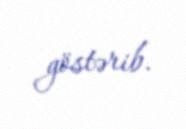
göstərib.